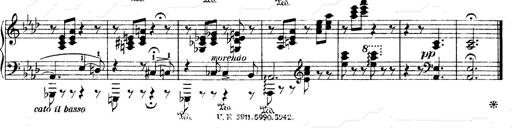
Title: O du mein holder Abendstern
Composer: Franz Liszt